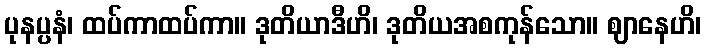
ပုနပ္ပနံ၊ ထပ်ကာထပ်ကာ။ ဒုတိယာဒီဟိ၊ ဒုတိယအစကုန်သော။ ဈာနေဟိ၊